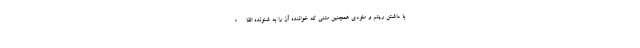
با داشتن ریتم و ملودی همچنین متنی که خواننده آن را به شنونده القاء